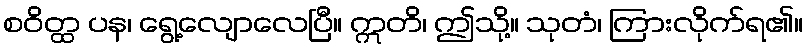
စဝိတ္ထ ပန၊ ရွေ့လျောလေပြီ။ ဣတိ၊ ဤသို့။ သုတံ၊ ကြားလိုက်ရ၏။